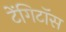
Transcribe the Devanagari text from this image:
टेंगिटॉस